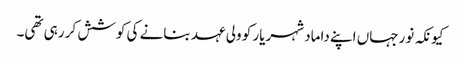
کیونکہ نورجہاں اپنے داماد شہریار کو ولی عہد بنانے کی کوشش کر رہی تھی۔